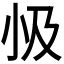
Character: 𭕅